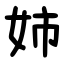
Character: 姉